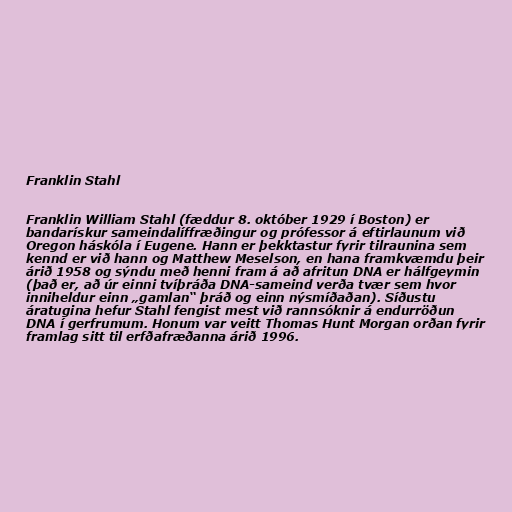
Franklin Stahl

Franklin William Stahl (fæddur 8. október 1929 í Boston) er
bandarískur sameindalíffræðingur og prófessor á eftirlaunum við
Oregon háskóla í Eugene. Hann er þekktastur fyrir tilraunina sem
kennd er við hann og Matthew Meselson, en hana framkvæmdu þeir
árið 1958 og sýndu með henni fram á að afritun DNA er hálfgeymin
(það er, að úr einni tvíþráða DNA-sameind verða tvær sem hvor
inniheldur einn „gamlan“ þráð og einn nýsmíðaðan). Síðustu
áratugina hefur Stahl fengist mest við rannsóknir á endurröðun
DNA í gerfrumum. Honum var veitt Thomas Hunt Morgan orðan fyrir
framlag sitt til erfðafræðanna árið 1996.